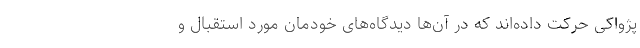
پژواکی حرکت داده‌اند که در آن‌ها دیدگاه‌های خودمان مورد استقبال و